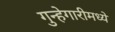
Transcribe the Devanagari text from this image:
गुन्हेगारीमध्ये